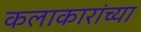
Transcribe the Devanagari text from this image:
कलाकारांच्‍या